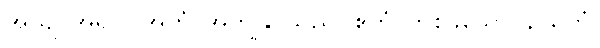
အယျ၊ အရှင်။ အဟံ၊ အကျွန်ုပ်သည်။ ဧကံ၊ တစ်ခုသော။ ဥသဘံ၊